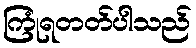
ကြုံရတတ်ပါသည်